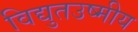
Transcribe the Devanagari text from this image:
विद्युतउष्मीय